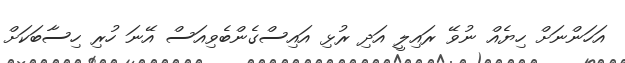
އަހަންނަށް ހިޔެއް ނުވޭ ރައިލީ އަދި ރުޅި އައިސްގެންބެވިއަސް އޭނަ ހުރި ހިސާބަކަށް